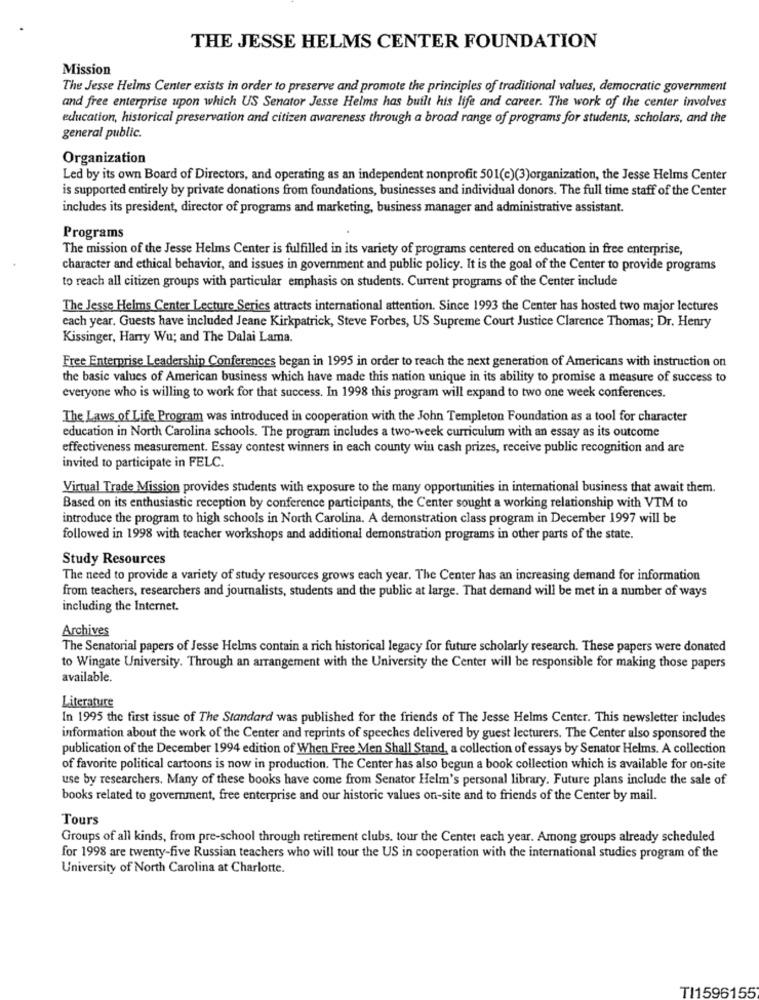
THE JESSE HELMS CENTER FOUNDATION
Mission
The Jesse Helms Center exists in order to preserve and promote the principles of traditional values, democratic government
and free enterprise upon which US Senator Jesse Helms has built his life and career. The work of the center involves
education, historical preservation and citizen awareness through a broad range of programs for students, scholars, and the
general public.
Organization
Led by its own Board of Directors, and operating as an independent nonprofit 501(c)(3)organization, the Jesse Helms Center
is supported entirely by private donations from foundations, businesses and individual donors. The full time staff of the Center
includes its president, director of programs and marketing, business manager and administrative assistant.
Programs
The mission of the Jesse Helms Center is fulfilled in its variety of programs centered on education in free enterprise,
character and ethical behavior, and issues in government and public policy. It is the goal of the Center to provide programs
to reach all citizen groups with particular emphasis on students. Current programs of the Center include
The Jesse Helms Center Lecture Series attracts international attention. Since 1993 the Center has hosted two major lectures
each year. Guests have included Jeane Kirkpatrick, Steve Forbes, US Supreme Court Justice Clarence Thomas; Dr. Henry
Kissinger, Harry Wu; and The Dalai Lama.
Free Enterprise Leadership Conferences began in 1995 in order to reach the next generation of Americans with instruction on
the basic values of American business which have made this nation unique in its ability to promise a measure of success to
everyone who is willing to work for that success. In 1998 this program will expand to two one week conferences.
The Laws of Life Program was introduced in cooperation with the John Templeton Foundation as a tool for character
education in North Carolina schools. The program includes a two-week curriculum with an essay as its outcome
effectiveness measurement. Essay contest winners in each county win cash prizes, receive public recognition and are
invited to participate in FELC.
Virtual Trade Mission provides students with exposure to the many opportunities in international business that await them.
Based on its enthusiastic reception by conference participants, the Center sought a working relationship with VTM to
introduce the program to high schools in North Carolina. A demonstration class program in December 1997 will be
followed in 1998 with teacher workshops and additional demonstration programs in other parts of the state.
Study Resources
The need to provide a variety of study resources grows each year. The Center has an increasing demand for information
from teachers, researchers and journalists, students and the public at large. That demand will be met in a number of ways
including the Internet.
Archives
The Senatorial papers of Jesse Helms contain a rich historical legacy for future scholarly research. These papers were donated
to Wingate University. Through an arrangement with the University the Center will be responsible for making those papers
available.
Literature
In 1995 the first issue of The Standard was published for the friends of The Jesse Helms Center. This newsletter includes
information about the work of the Center and reprints of speeches delivered by guest lecturers. The Center also sponsored the
publication of the December 1994 edition of When Free Men Shall Stand, a collection of essays by Senator Helms. A collection
of favorite political cartoons is now in production. The Center has also begun a book collection which is available for on-site
use by researchers. Many of these books have come from Senator Helm's personal library. Future plans include the sale of
books related to government, free enterprise and our historic values on-site and to friends of the Center by mail.
Tours
Groups of all kinds, from pre-school through retirement clubs. tour the Center each year. Among groups already scheduled
for 1998 are twenty-five Russian teachers who will tour the US in cooperation with the international studies program of the
University of North Carolina at Charlotte.
TI1596155